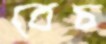
বেচ